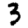
Digit: 3